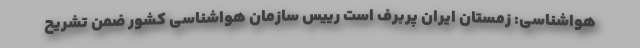
هواشناسی: زمستان ایران پربرف است رییس سازمان هواشناسی کشور ضمن تشریح